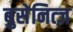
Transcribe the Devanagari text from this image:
बुसेनित्ज़